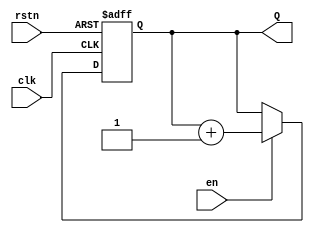
module UP_counter #(parameter BITS = 4) (
    input clk, rstn, en,
    output [BITS - 1 : 0] Q
);
    reg [BITS - 1 : 0] Q_next, Q_reg;
    
    always @(*) begin
        if (en)
            Q_next = Q_reg + 1;
        else
            Q_next = Q_reg;
       
    end

    always @(posedge clk, negedge rstn) begin
        if (!rstn)
            Q_reg <= 0;
        else
            Q_reg <= Q_next; 
    end

    assign Q = Q_reg;
endmodule